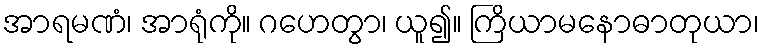
အာရမဏံ၊ အာရုံကို။ ဂဟေတွာ၊ ယူ၍။ ကြိယာမနောဓာတုယာ၊